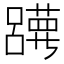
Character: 𡄀